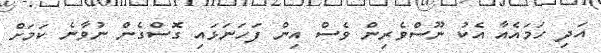
އަދި ހަމައެއާ އެކު ނޫސްވެރިން ވެސް އިން ފަހަނަޅައި ގޮސްގެން ނުވާނެ ކަމަށް